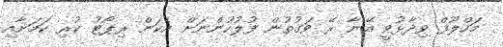
މަހްލޫފް ވިދާޅުވީ އޭނާ ރޭ ވަގުތުން ފުލުހުންނަށް އެކަން ރިޕޯޓު ކުރި ކަމަށާއި